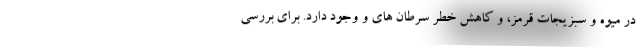
در میوه و سبزیجات قرمز، و کاهش خطر سرطان های و وجود دارد. برای بررسی